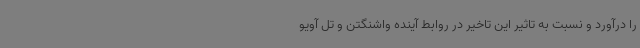
را درآورد و نسبت به تاثیر این تاخیر در روابط آینده واشنگتن و تل آویو